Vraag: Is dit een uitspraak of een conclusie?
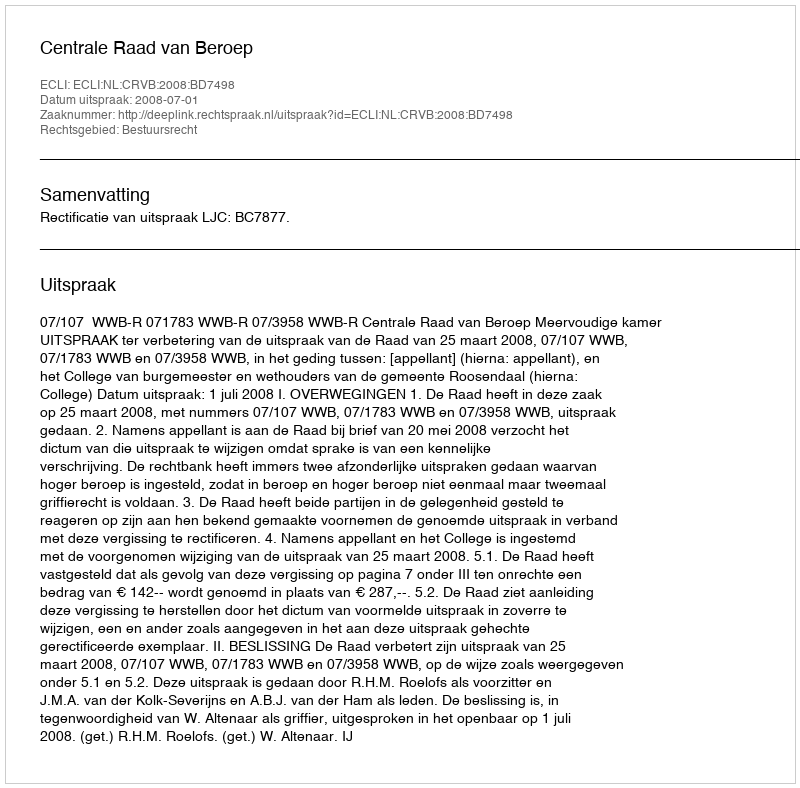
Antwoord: Uitspraak